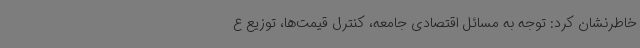
خاطرنشان کرد: توجه به مسائل اقتصادی جامعه، کنترل قیمت‌ها، توزیع ع